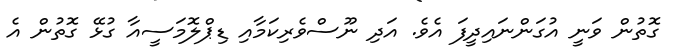
ގޮތުން ވަނީ އުގަންނައިދީފަ އެވެ. އަދި ނޫސްވެރިކަމާއި ޑިޕްލޮމަސީއާ ގުޅޭ ގޮތުން އެ